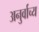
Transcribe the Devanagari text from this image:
अनुर्वाच्य